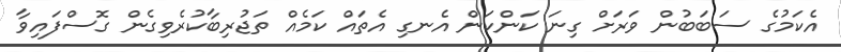
އެކަމުގެ ސަބަބުން ވަރަށް ގިނަ ކަންކަން އެނގި އެތައް ކަމެއް ތަޖުރިބާކުރެވިގެން ގޮސްފައިވާ